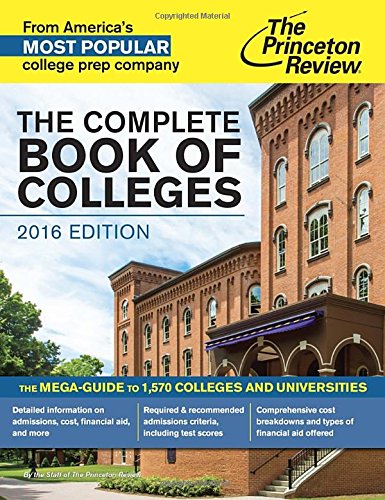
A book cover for The Complete Book of Colleges, 2016 Edition (College Admissions Guides); Princeton Review; Test Preparation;